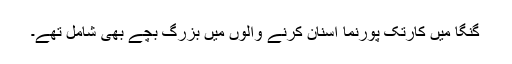
گنگا میں کارتک پورنما اسنان کرنے والوں میں بزرگ بچے بھی شامل تھے۔